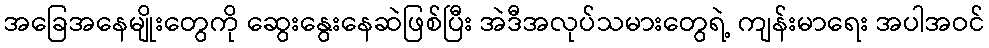
အခြေအနေမျိုးတွေကို ဆွေးနွေးနေဆဲဖြစ်ပြီး အဲဒီအလုပ်သမားတွေရဲ့ ကျန်းမာရေး အပါအဝင်